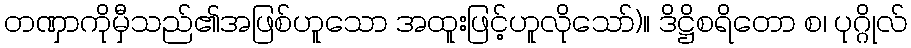
တဏှာကိုမှီသည်၏အဖြစ်ဟူသော အထူးဖြင့်ဟူလိုသော်)။ ဒိဋ္ဌိစရိတော စ၊ ပုဂ္ဂိုလ်